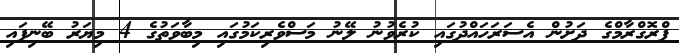
ޕްރޮގްރާމްގެ ދަށުން އެސަރަހައްދުގައި ކުރެވުނު ލޭނު މަސްވެރިކަމުގައި މިބާވަތުގެ 4 މިޔަރު ބޭނިފައި